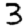
Digit: 3